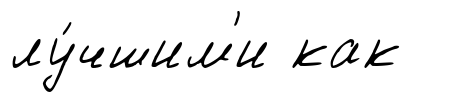
лу́чшим'и как